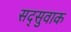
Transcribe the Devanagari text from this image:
सद्सुवाक